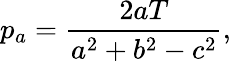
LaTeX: p_{a}={\frac{2aT}{a^{2}+b^{2}-c^{2}}},